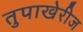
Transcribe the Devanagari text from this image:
तुपाखेरीज